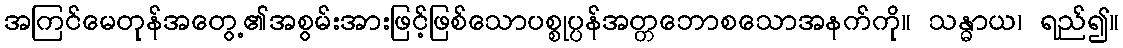
အကြင်မေတုန်အတွေ့၏အစွမ်းအားဖြင့်ဖြစ်သောပစ္စုပ္ပန်အတ္တဘောစသောအနက်ကို။ သန္ဓာယ၊ ရည်၍။